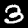
Digit: 3